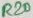
Text: R20